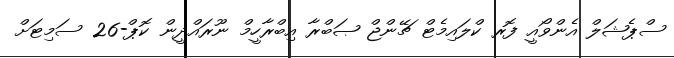
ސްޕެޝަލް އެންވޯއީ ފޮރ ކްލައިމެޓް ޗޭންޖް ޞަބްރާ އިބްރާހީމް ނޫރައްދީން ކޮޕް-26 ސަމިޓަށް